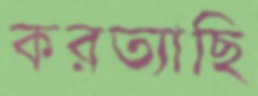
করত্যাছি